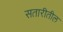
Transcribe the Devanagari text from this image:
सतारीतील